Vabadussoja_Ajaloo_Komitee, lk 58
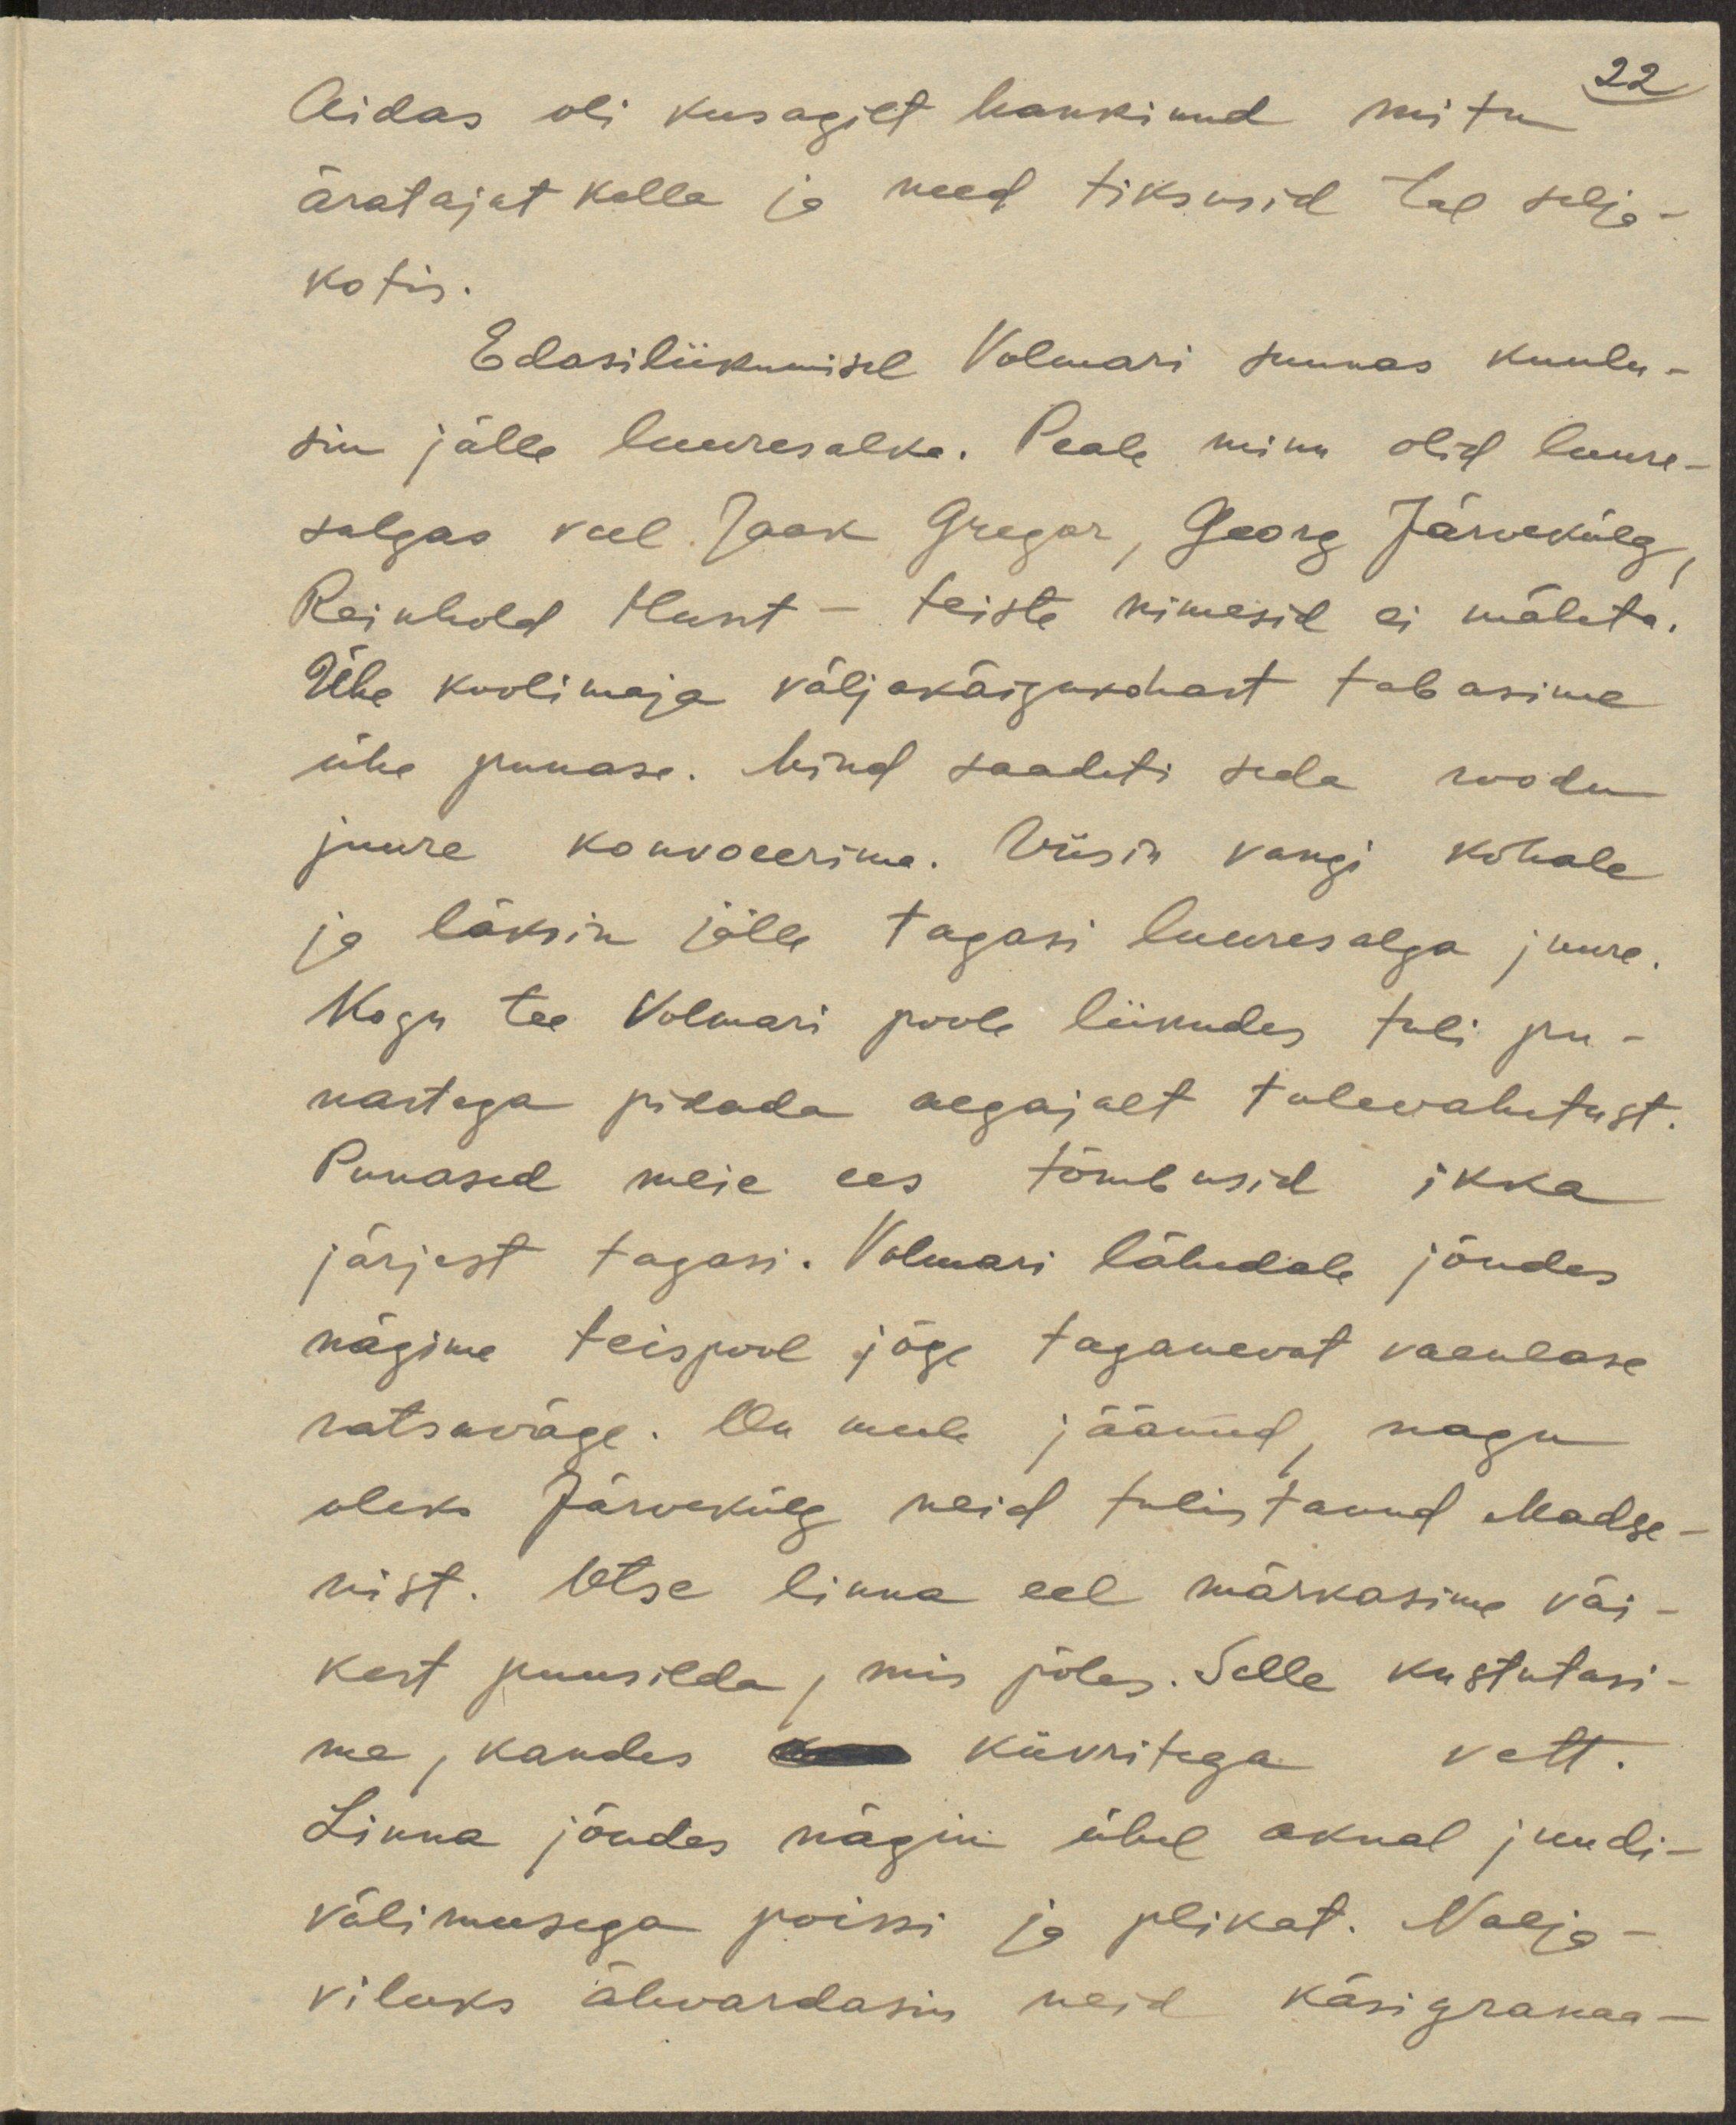
22
Aidas oli kusagilt hankinud mitu
äratajat kella ja need tiksusid tal selja-
kotis.
Edasiliikumisel Volmari suunas kuulu-
sin jälle luuresalka. Peale minu olid luure-
salgas veel Jaak Gregor, Georg Järvekülg,
Reinhold Hunt - teiste nimesid ei mäleta.
Ühe koolimaja väljakäigukohast tabasime
ühe punase. Mind saadeti teda roodu
juure konvoeerima. Viisin vangi kohale
ja läksin jälle tagasi luuresalga juure.
Kogu tee Volmari poole liikudes tuli pu-
nastega pidada aegajalt tulevahetust.
Punased meie ees tõmbusid ikka
järjest tagasi. Volmari lähedale jõudes
nägime teispool jõge taganevat vaenlase
ratsaväge. On meele jäänud, nagu
oleks Järvekülg neid tulistanud Madse-
nist. Otse linna eel märkasime väi-
kest puusilda, mis põles. Selle kustutasi-
me, kandes oma kiivritega vett.
Linna jõudes nägin ühel aknal juudi-
välimusega poissi ja plikat. Nalja-
viluks ähvardasin neid käsigranaa-